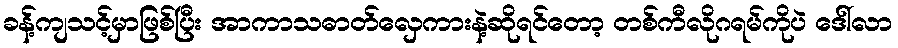
ခန့်ကျသင့်မှာဖြစ်ပြီး အာကာသဓာတ်လှေကားနဲ့ဆိုရင်တော့ တစ်ကီလိုဂရမ်ကိုပဲ ဒေါ်လာ